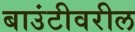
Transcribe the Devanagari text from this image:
बाउंटीवरील